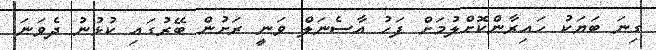
ގިނަ ބަޔަކު ހައިރާންކޮށްލުމަށް ފަހު އާސެނަލް ވަނީ ރަށުން ބޭރުގައި ކުޅުނު ދެވަނަ